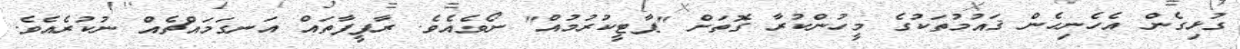
ގުޅިގެން އެހެނިހެން ޤައުމުތަކުގެ މީހުންކުރާ ގޮތަށް "ޕާޓީކުރުމުއް" ނޯވެއެވެ. ރާފީފާތައް އަނގަމައްޗެއް ނުކުރެއެވެ.